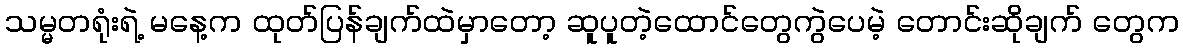
သမ္မတရုံးရဲ့ မနေ့က ထုတ်ပြန်ချက်ထဲမှာတော့ ဆူပူတဲ့ထောင်တွေကွဲပေမဲ့ တောင်းဆိုချက် တွေက